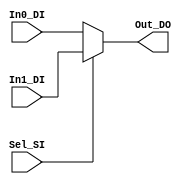
/* ================================================================================
// 2-input MUX
// Project: SynTech
// ---- Description ---------------------------------------------------------------
// Multibit 2-input multiplexer (MUX) template
// ---- Input/Output specifications -----------------------------------------------
// In0_DI		0th input data signal
// In1_DI		1st input data signal
// Sel_SI  		select bit (0 picks In0, 1 picks In1)
// Out_DO		Output data signal
// ================================================================================ */

module MUX2
#(
  parameter WIDTH = 16
)
(
  input  [WIDTH-1:0] In0_DI,
  input  [WIDTH-1:0] In1_DI,
  input              Sel_SI,
  output [WIDTH-1:0] Out_DO
);

  assign Out_DO = Sel_SI ? In1_DI: In0_DI;

endmodule